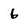
Character: 6